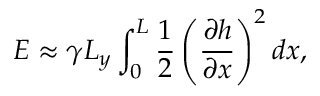
E \approx \gamma L _ { y } \int _ { 0 } ^ { L } \frac { 1 } { 2 } \left( \frac { \partial h } { \partial x } \right) ^ { 2 } d x ,